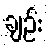
ချဉ်း